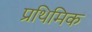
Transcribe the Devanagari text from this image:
प्रथिमिक